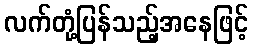
လက်တုံ့ပြန်သည့်အနေဖြင့်